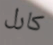
كارل